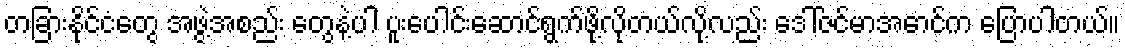
တခြားနိုင်ငံတွေ အဖွဲ့အစည်း တွေနဲ့ပါ ပူးပေါင်းဆောင်ရွက်ဖို့လိုတယ်လို့လည်း ဒေါ်ဇင်မာအောင်က ပြောပါတယ်။